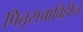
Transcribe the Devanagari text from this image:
पितृसत्ताविहीन